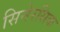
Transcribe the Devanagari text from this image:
सिनेरसिक